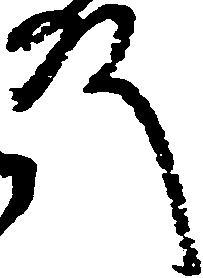
殿